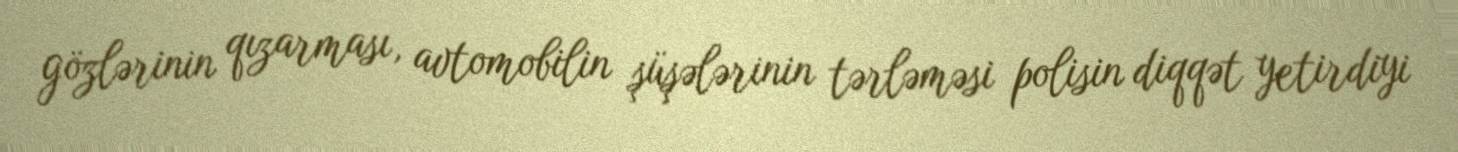
gözlərinin qızarması, avtomobilin şüşələrinin tərləməsi polisin diqqət yetirdiyi